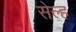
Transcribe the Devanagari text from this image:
सेल्‍ह